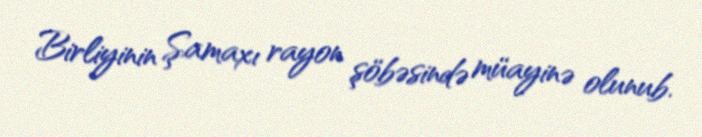
Birliyinin Şamaxı rayon şöbəsində müayinə olunub.